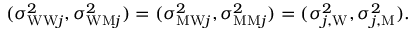
\begin{array} { r } { ( \sigma _ { \mathrm { W W } j } ^ { 2 } , \sigma _ { \mathrm { W M } j } ^ { 2 } ) = ( \sigma _ { \mathrm { M W } j } ^ { 2 } , \sigma _ { \mathrm { M M } j } ^ { 2 } ) = ( \sigma _ { j , \mathrm { W } } ^ { 2 } , \sigma _ { j , \mathrm { M } } ^ { 2 } ) . } \end{array}